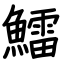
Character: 鱩